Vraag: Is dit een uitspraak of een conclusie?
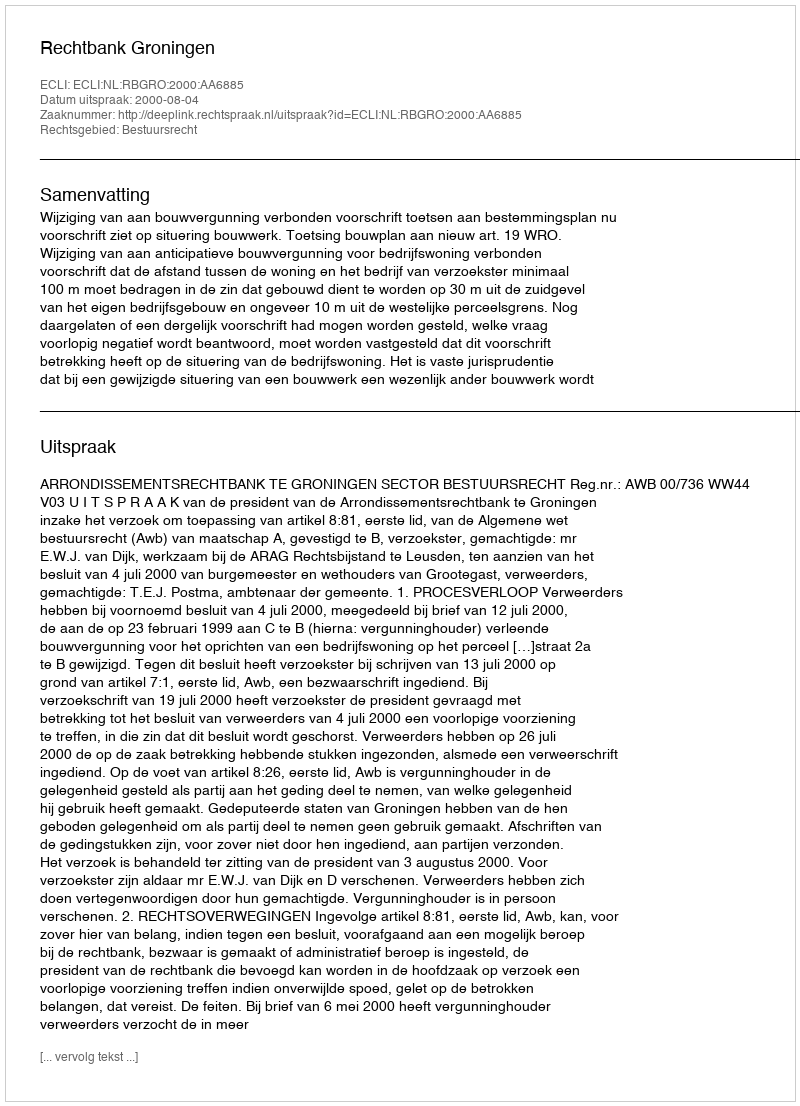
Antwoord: Uitspraak